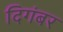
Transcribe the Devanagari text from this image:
दिगंबर